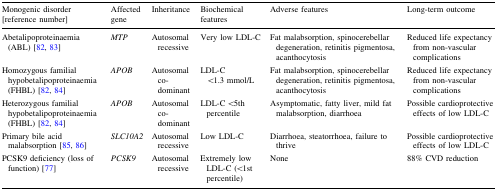
| Monogenic disorder [reference number] | Affected gene | Inheritance | Biochemical features | Adverse features | Long-term outcome |
 | --- | --- | --- | --- | --- | --- |
 | Abetalipoproteinaemia (ABL) [82, 83] | MTP | Autosomal recessive | Very low LDL-C | Fat malabsorption, spinocerebellar degeneration, retinitis pigmentosa, acanthocytosis | Reduced life expectancy from non-vascular complications |
 | Homozygous familial hypobetalipoproteinaemia (FHBL) [82, 84] | APOB | Autosomal co-dominant | LDL-C <1.3 mmol/L | Fat malabsorption, spinocerebellar degeneration, retinitis pigmentosa, acanthocytosis | Reduced life expectancy from non-vascular complications |
 | Heterozygous familial hypobetalipoproteinaemia (FHBL) [82, 84] | APOB | Autosomal co-dominant | LDL-C <5th percentile | Asymptomatic, fatty liver, mild fat malabsorption, diarrhoea | Possible cardioprotective effects of low LDL-C |
 | Primary bile acid malabsorption [85, 86] | SLC10A2 | Autosomal recessive | Low LDL-C | Diarrhoea, steatorrhoea, failure to thrive | Possible cardioprotective effects of low LDL-C |
 | PCSK9 deficiency (loss of function) [77] | PCSK9 | Autosomal recessive | Extremely low LDL-C (<1st percentile) | None | 88% CVD reduction |